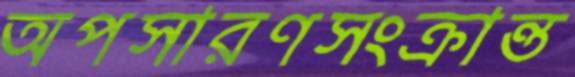
অপসারণসংক্রান্ত